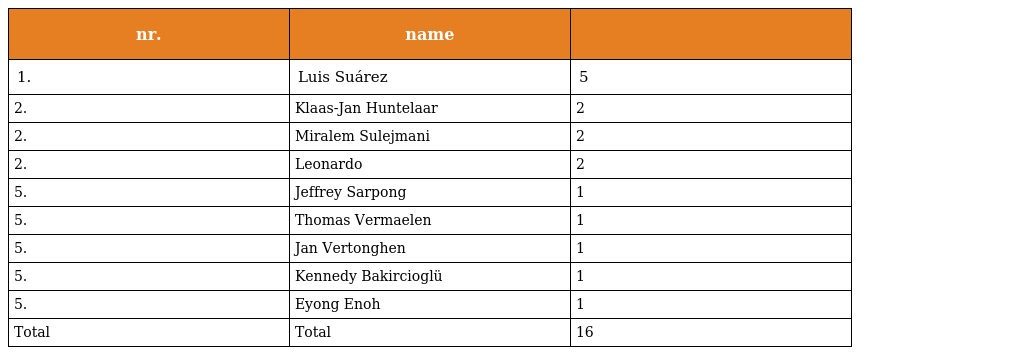
| nr. | name |  |
 | --- | --- | --- |
 | 1. | Luis Suárez | 5 |
 | 2. | Klaas-Jan Huntelaar | 2 |
 | 2. | Miralem Sulejmani | 2 |
 | 2. | Leonardo | 2 |
 | 5. | Jeffrey Sarpong | 1 |
 | 5. | Thomas Vermaelen | 1 |
 | 5. | Jan Vertonghen | 1 |
 | 5. | Kennedy Bakircioglü | 1 |
 | 5. | Eyong Enoh | 1 |
 | Total | Total | 16 |